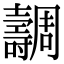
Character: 𡕐